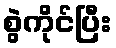
စွဲကိုင်ပြီး